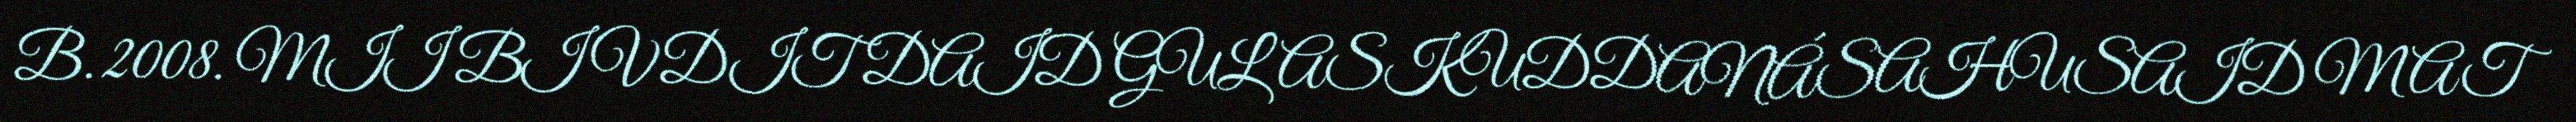
B. 2008. MII BIVDIT DAID GULASKUDDANÁSAHUSAID MAT